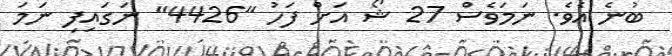
ބުނެ އެވެ. ނަމަވެސް 27 ޝޯ އަށް ފަހު "4426" ނަގައިފި ނަމަ